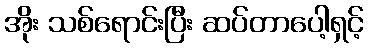
အိုး သစ်ရောင်းပြီး ဆပ်တာပေါ့ရှင့်